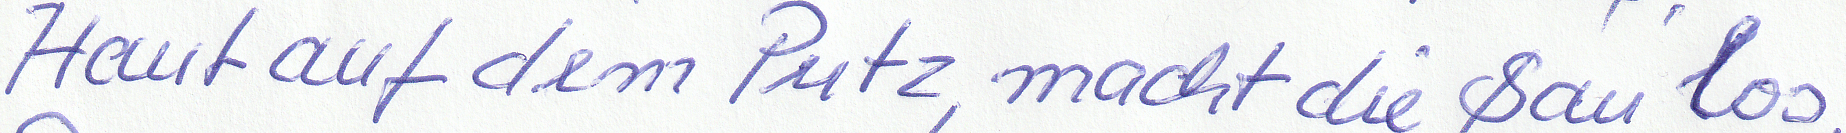
Haut auf den Putz, macht die Sau los.